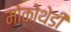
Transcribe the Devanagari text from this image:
मोकोथेडी